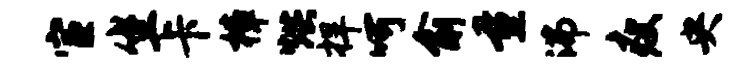
宦坐卡樟烘捍呵俞量沸瘦央